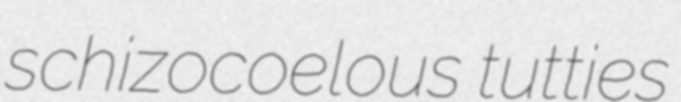
schizocoelous tutties